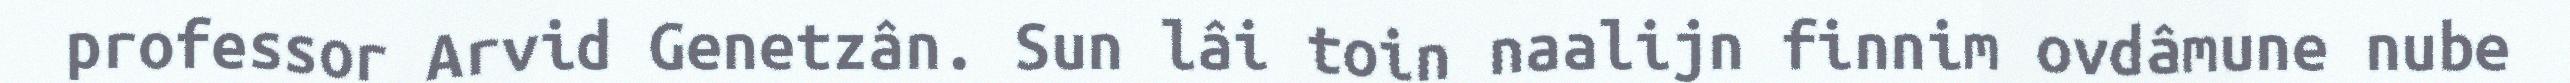
professor Arvid Genetzân. Sun lâi toin naalijn finnim ovdâmune nube